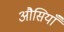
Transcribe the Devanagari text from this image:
औसियाँ